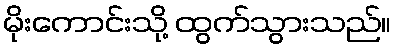
မိုးကောင်းသို့ ထွက်သွားသည်။